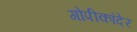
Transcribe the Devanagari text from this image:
गोपीकांदेर